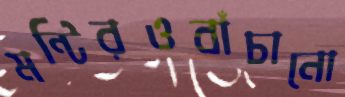
মন্টিরওবাঁচানো